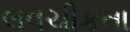
લવચીકતા